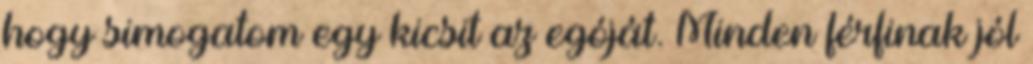
hogy simogatom egy kicsit az egóját. Minden férfinak jól